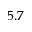
5 . 7